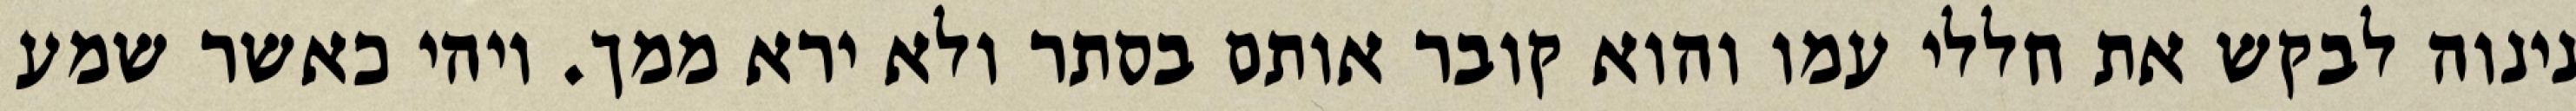
נינוה לבקש את חללי עמו והוא קובר אותם בסתר ולא ירא ממך. ויהי כאשר שמע